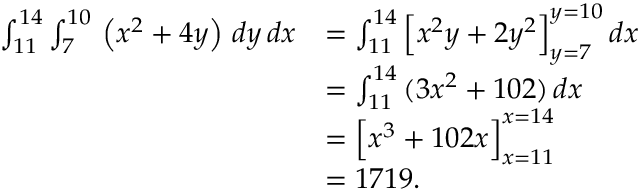
{ \begin{array} { r l } { \int _ { 1 1 } ^ { 1 4 } \int _ { 7 } ^ { 1 0 } \, \left( x ^ { 2 } + 4 y \right) \, d y \, d x } & { = \int _ { 1 1 } ^ { 1 4 } { \Big [ } x ^ { 2 } y + 2 y ^ { 2 } { \Big ] } _ { y = 7 } ^ { y = 1 0 } \, d x } \\ & { = \int _ { 1 1 } ^ { 1 4 } \, ( 3 x ^ { 2 } + 1 0 2 ) \, d x } \\ & { = { \Big [ } x ^ { 3 } + 1 0 2 x { \Big ] } _ { x = 1 1 } ^ { x = 1 4 } } \\ & { = 1 7 1 9 . } \end{array} }